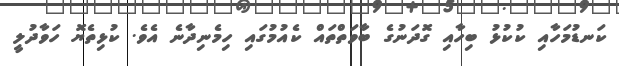
ކަނޑުމަހާއި ކުކުޅު ބިހާއި ގޮދަނުގެ ބާވަތްތައް ކެއުމުގައި ހިމެނިދާނެ އެވެ. ކުޅިތެޔޮ ހަވާދުލީ